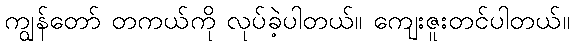
ကျွန်တော် တကယ်ကို လုပ်ခဲ့ပါတယ်။ ကျေးဇူးတင်ပါတယ်။